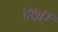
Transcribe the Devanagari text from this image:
४७ए